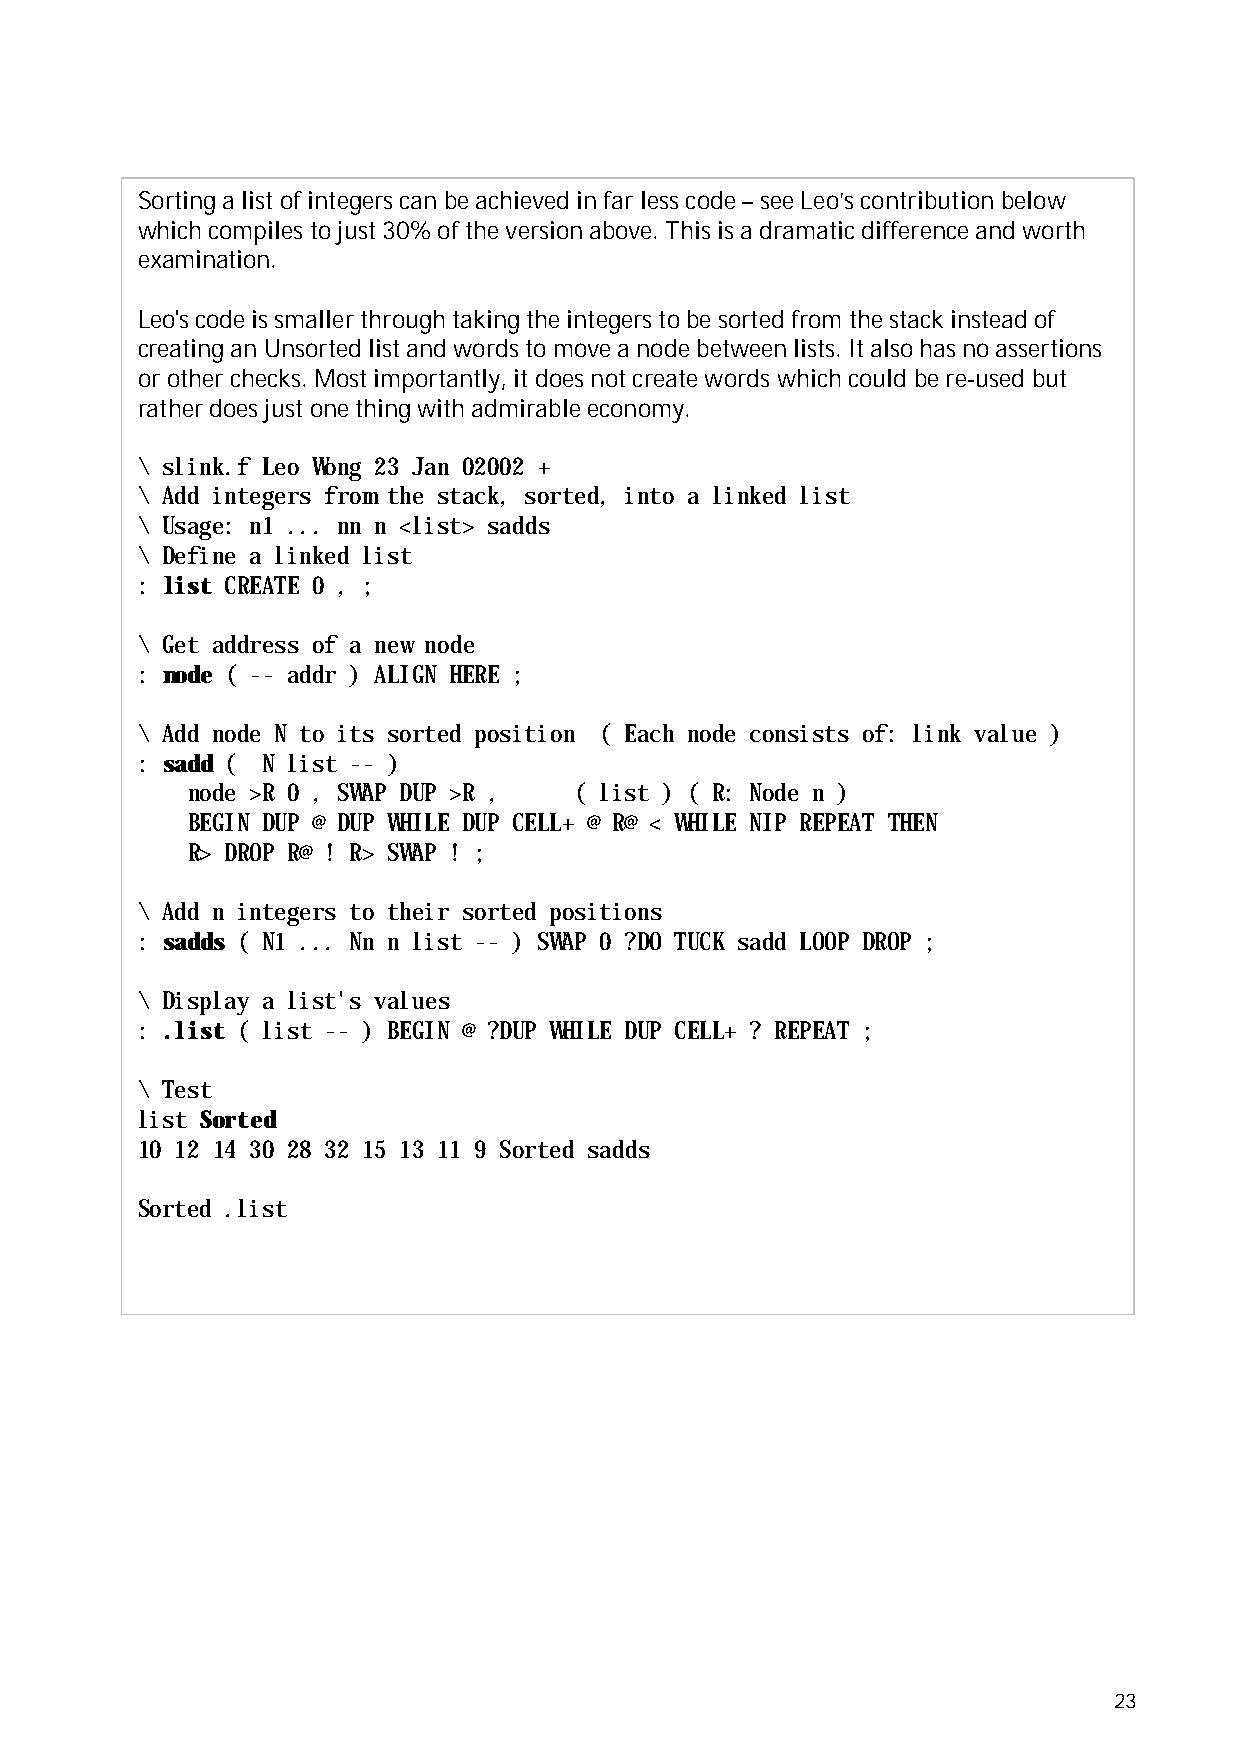
Sorting a list of integers can be achieved in far less code – see Leo’s contribution below
 which compiles to just 30% of the version above. This is a dramatic difference and worth
 examination.
 Leo's code is smaller through taking the integers to be sorted from the stack instead of
 creating an Unsorted list and words to move a node between lists. It also has no assertions
 or other checks. Most importantly, it does not create words which could be re-used but
 rather does just one thing with admirable economy.
 \ slink.f Leo Wong 23 Jan 02002 +
 \ Add integers from the stack, sorted, into a linked list
 \ Usage: n1 ... nn n <list> sadds
 \ Define a linked list
 : list CREATE 0 , ;
 \ Get address of a new node
 : node ( -- addr ) ALIGN HERE ;
 \ Add node N to its sorted position ( Each node consists of: link value )
 : sadd ( N list -- )
 node >R 0 , SWAP DUP >R , ( list ) ( R: Node n )
 BEGIN DUP @ DUP WHILE DUP CELL+ @ R@ < WHILE NIP REPEAT THEN
 R> DROP R@ ! R> SWAP ! ;
 \ Add n integers to their sorted positions
 : sadds ( N1 ... Nn n list -- ) SWAP 0 ?DO TUCK sadd LOOP DROP ;
 \ Display a list's values
 : .list ( list -- ) BEGIN @ ?DUP WHILE DUP CELL+ ? REPEAT ;
 \ Test
 list Sorted
 10 12 14 30 28 32 15 13 11 9 Sorted sadds
 Sorted .list
 23